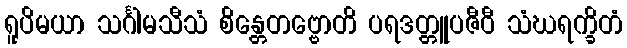
ရူပိမယာ သင်္ဂါမသီသံ စိန္တေတဗ္ဗောတိ ပရဒတ္တူပဇီဝီ သံဃရက္ခိတံ